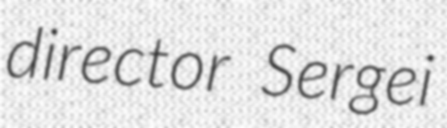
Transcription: director Sergei